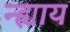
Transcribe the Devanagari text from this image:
न्ह्याय